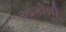
આકોલી